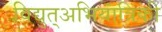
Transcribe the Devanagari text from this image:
विद्युत्अभियांत्रिकी